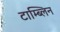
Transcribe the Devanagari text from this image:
टाम्ब्लिन